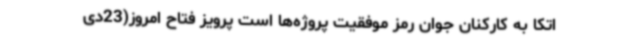
اتکا به کارکنان جوان رمز موفقیت پروژه‌ها است پرویز فتاح امروز(23دی